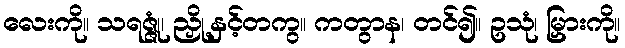
လေးကို။ သရဇ္ဇုံ၊ ညှို့နှင့်တကွ။ ကတွာန၊ တင်၍။ ဥသုံ၊ မြှားကို။